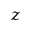
z